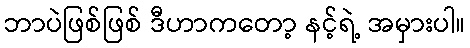
ဘာပဲဖြစ်ဖြစ် ဒီဟာကတော့ နင့်ရဲ့ အမှားပါ။